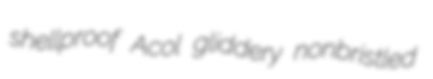
shellproof Acol gliddery nonbristled